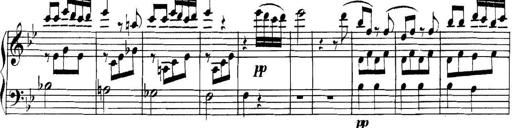
Title: Collected Piano Sonatas
Composer: Muzio Clementi